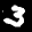
Label: 3